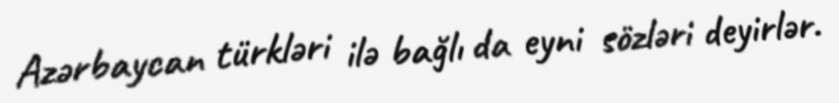
Azərbaycan türkləri ilə bağlı da eyni sözləri deyirlər.